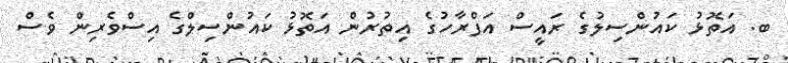
ބ. އަތޮޅު ކައުންސިލުގެ ރައީސް އަފްރާހުގެ އިތުރުން އަތޮޅު ކައުންސިލްގެ އިސްވެރިން ވެސް